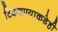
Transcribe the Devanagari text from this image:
टिकवण्याकडेही